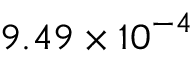
9 . 4 9 \times { { 1 0 } ^ { - 4 } }